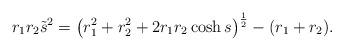
LaTeX: \begin{align*}r_1r_2 \tilde{s}^2 = \left( r_1^2+r_2^2 + 2r_1r_2\cosh s \right)^{\frac 12}-(r_1+r_2).\end{align*}